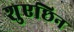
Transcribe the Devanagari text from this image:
शुएछिन